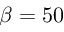
\beta = 5 0